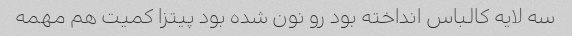
سه لایه کالباس انداخته بود رو نون شده بود پیتزا کمیت هم مهمه